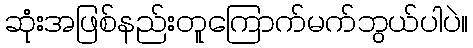
ဆုံးအဖြစ်နည်းတူကြောက်မက်ဘွယ်ပါပဲ။